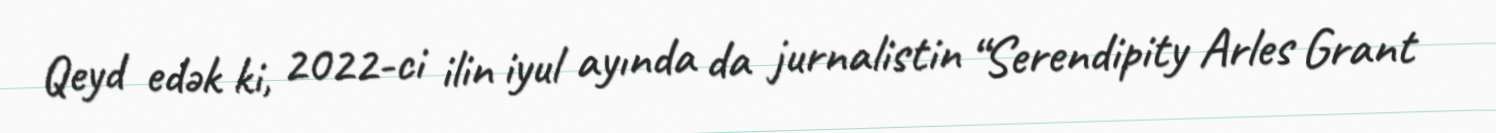
Qeyd edək ki, 2022-ci ilin iyul ayında da jurnalistin “Serendipity Arles Grant